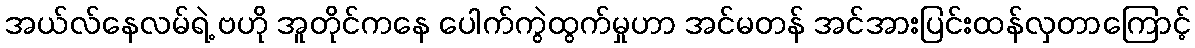
အယ်လ်နေလမ်ရဲ့ ဗဟို အူတိုင်ကနေ ပေါက်ကွဲထွက်မှုဟာ အင်မတန် အင်အားပြင်းထန်လှတာကြောင့်